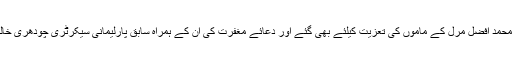
وہ ندیم مرل اور شکیل مرل کے والد اور محمد افضل مرل کے ماموں کی تعزیت کیلئے بھی گئے اور دعائے مغفرت کی ان کے ہمراہ سابق پارلیمانی سیکرٹری چودھری خالد اصغر گھرال اور دیگر رہنما بھی تھے۔